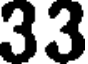
33